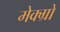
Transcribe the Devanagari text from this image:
मेक्ग्रो